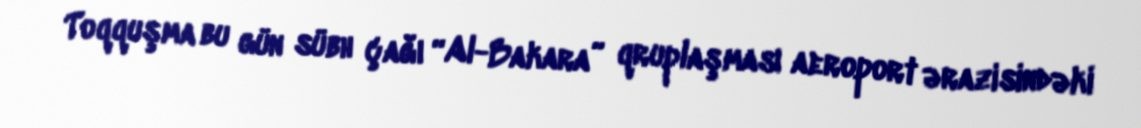
Toqquşma bu gün sübh çağı “Al-Bakara” qruplaşması aeroport ərazisindəki